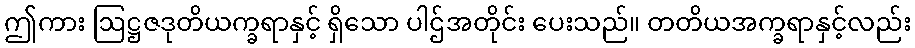
ဤကား ဩဋ္ဌဇဒုတိယက္ခရာနှင့် ရှိသော ပါဌ်အတိုင်း ပေးသည်။ တတိယအက္ခရာနှင့်လည်း